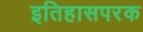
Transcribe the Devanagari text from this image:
इतिहासपरक